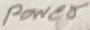
Text: Power